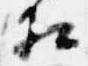
相